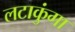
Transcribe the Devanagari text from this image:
लटाकुंगा